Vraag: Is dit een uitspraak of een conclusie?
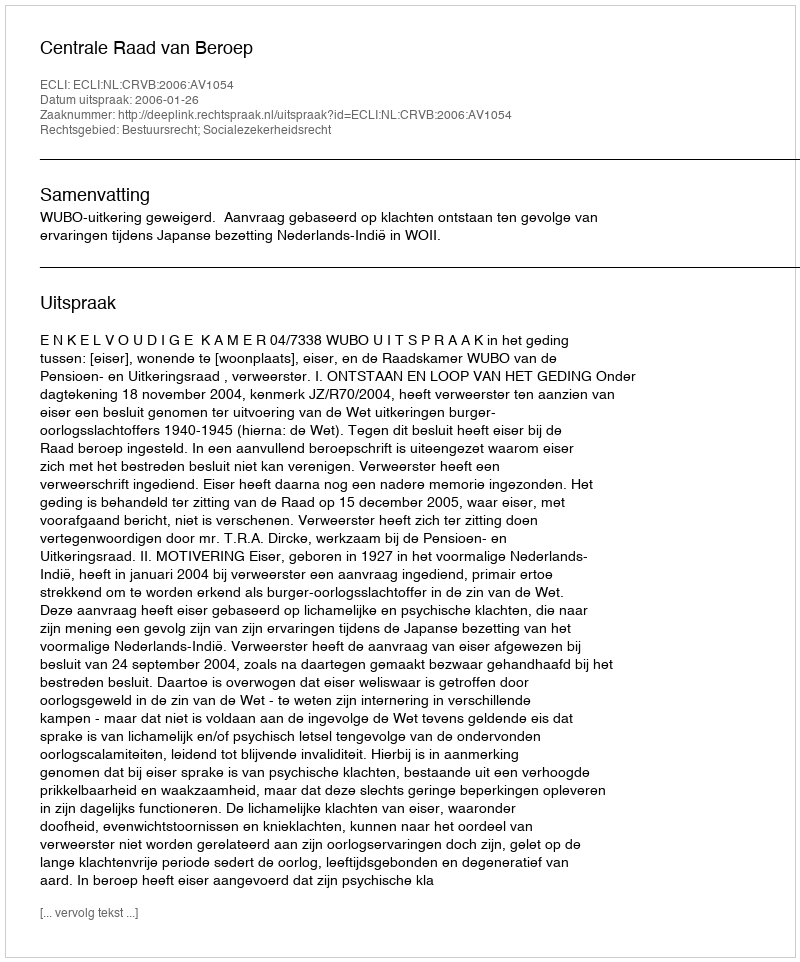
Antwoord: Uitspraak